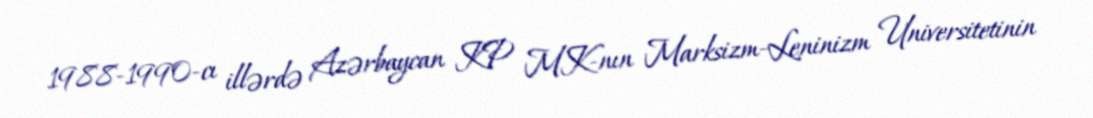
1988-1990-cı illərdə Azərbaycan KP MK-nın Marksizm-Leninizm Universitetinin